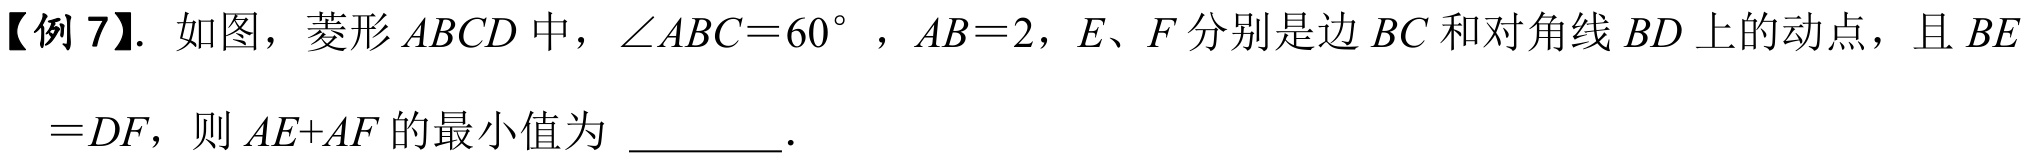
【例 7】. 如图，菱形\(ABCD\)中，\(\angle ABC = 60^{\circ}\)，\(AB = 2\)，\(E、F\)分别是边\(BC\)和对角线\(BD\)上的动点，且\(BE\)
\(= DF\)，则\(AE + AF\)的最小值为 \_\_\_\_\_ ．